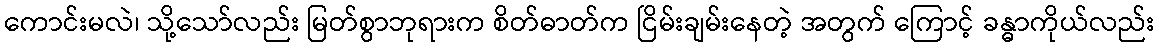
ကောင်းမလဲ၊ သို့သော်လည်း မြတ်စွာဘုရားက စိတ်ဓာတ်က ငြိမ်းချမ်းနေတဲ့ အတွက် ကြောင့် ခန္ဓာကိုယ်လည်း